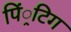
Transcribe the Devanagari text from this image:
पिं्रटिग